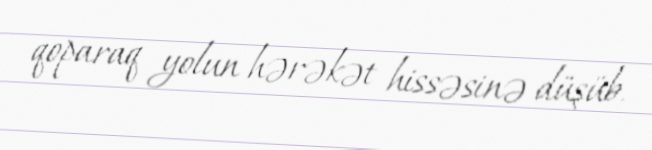
qoparaq yolun hərəkət hissəsinə düşüb.